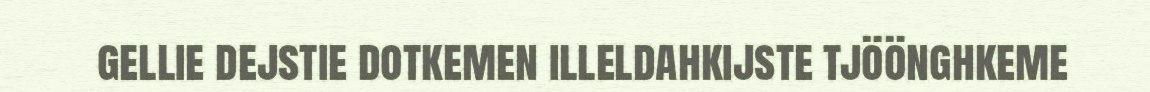
gellie dejstie dotkemen illeldahkijste tjöönghkeme